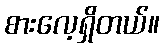
စားလေ့ရှိတယ်။